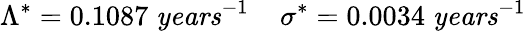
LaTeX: \Lambda^{*}=0.1087\; \textrm{\textit{years}}^{-1}\; \; \; \; \sigma^{*}=0.0034\; \textrm{\textit{years}}^{-1}